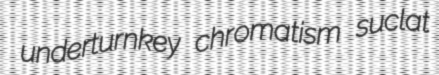
underturnkey chromatism suclat